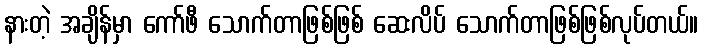
နားတဲ့ အချိန်မှာ ကော်ဖီ သောက်တာဖြစ်ဖြစ် ဆေးလိပ် သောက်တာဖြစ်ဖြစ်လုပ်တယ်။